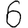
Digit: 6